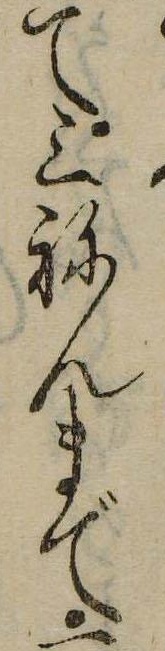
て三ねんまで一